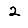
Digit: 2